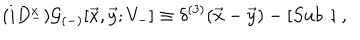
( i D _ { - } ^ { x } ) { \cal G } _ { ( - ) } [ { \vec { x } } , { \vec { y } } ; V _ { - } ] \equiv \delta ^ { ( 3 ) } ( { \vec { x } } - { \vec { y } } ) - [ S u b . ] \; ,